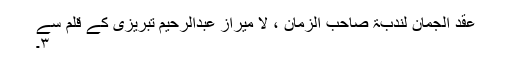
عقد الجمان لندبۃ صاحب الزمان ، لا میراز عبدالرحیم تبریزی کے قلم سے
۳۔